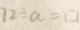
7 2 \div a = \square